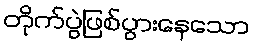
တိုက်ပွဲဖြစ်ပွားနေသော